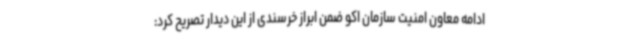
ادامه معاون امنیت سازمان اکو ضمن ابراز خرسندی از این دیدار تصریح کرد: